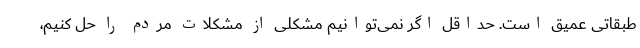
طبقاتی عمیق است. حداقل اگر نمی‌توانیم مشکلی از مشکلات مردم را حل کنیم،